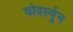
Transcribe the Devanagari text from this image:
वोदर्स्पून